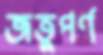
জতুপর্ণ